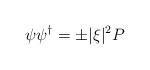
LaTeX: \begin{align*}\psi\psi^\dagger = \pm |\xi|^2 P\end{align*}